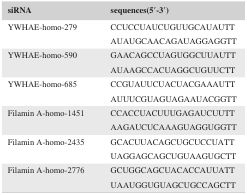
| siRNA | sequences(5′‐3′) |
 | --- | --- |
 | <ROWSPAN=2> YWHAE‐homo‐279 | CCUCCUAUCUGUUGCAUAUTT |
 | AUAUGCAACAGAUAGGAGGTT |
 | <ROWSPAN=2> YWHAE‐homo‐590 | GAACAGCCUAGUGGCUUAUTT |
 | AUAAGCCACUAGGCUGUUCTT |
 | <ROWSPAN=2> YWHAE‐homo‐685 | CCGUAUUCUACUACGAAAUTT |
 | AUUUCGUAGUAGAAUACGGTT |
 | <ROWSPAN=2> Filamin A‐homo‐1451 | CCACCUACUUUGAGAUCUUTT |
 | AAGAUCUCAAAGUAGGUGGTT |
 | <ROWSPAN=2> Filamin A‐homo‐2435 | GCACUUACAGCUGCUCCUATT |
 | UAGGAGCAGCUGUAAGUGCTT |
 | <ROWSPAN=2> Filamin A‐homo‐2776 | GCUGGCAGCUACACCAUUATT |
 | UAAUGGUGUAGCUGCCAGCTT |